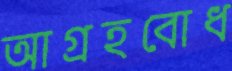
আগ্রহবোধ